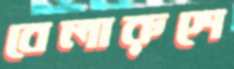
বেলারুশে